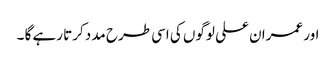
اور عمران علی لوگوں کی اسی طرح مدد کرتا رہے گا ۔